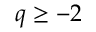
q \geq - 2